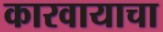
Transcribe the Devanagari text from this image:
कारवायाचा